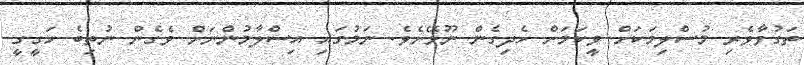
ތަގުވާވެރި މުސްލިމަކަށް ވީކަމަށް ހެދިގެން ނޫޅޭށެވެ. ނަމުގައި އިސްލާމުންނަށް ވެގެން ނުތިބެ ހަގީގީ